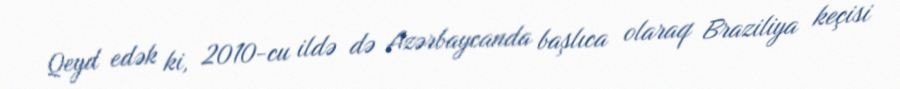
Qeyd edək ki, 2010-cu ildə də Azərbaycanda başlıca olaraq Braziliya keçisi